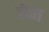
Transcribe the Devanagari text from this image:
रंका